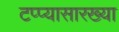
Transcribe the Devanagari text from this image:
टप्प्यासारख्या